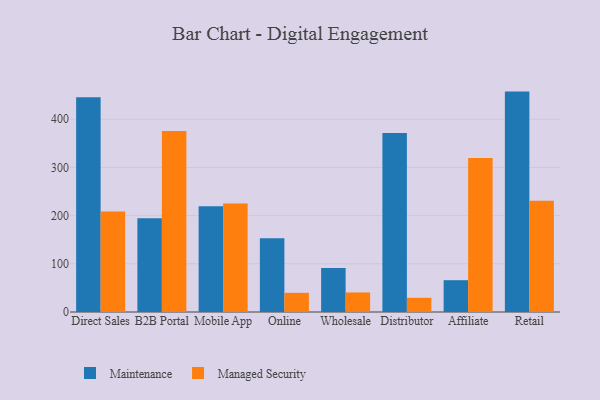
{"axis": {"x": "Channel", "y": "Waste Production (Tons)"}, "legend": ["Maintenance", "Managed Security"], "data": [{"x": "Direct Sales", "y": 445.8, "type": "Maintenance"}, {"x": "Direct Sales", "y": 208.4, "type": "Managed Security"}, {"x": "B2B Portal", "y": 194.4, "type": "Maintenance"}, {"x": "B2B Portal", "y": 375.6, "type": "Managed Security"}, {"x": "Mobile App", "y": 219.6, "type": "Maintenance"}, {"x": "Mobile App", "y": 225.4, "type": "Managed Security"}, {"x": "Online", "y": 153.1, "type": "Maintenance"}, {"x": "Online", "y": 39.8, "type": "Managed Security"}, {"x": "Wholesale", "y": 91.5, "type": "Maintenance"}, {"x": "Wholesale", "y": 40.6, "type": "Managed Security"}, {"x": "Distributor", "y": 371.7, "type": "Maintenance"}, {"x": "Distributor", "y": 29.5, "type": "Managed Security"}, {"x": "Affiliate", "y": 66.0, "type": "Maintenance"}, {"x": "Affiliate", "y": 319.8, "type": "Managed Security"}, {"x": "Retail", "y": 457.4, "type": "Maintenance"}, {"x": "Retail", "y": 230.9, "type": "Managed Security"}]}